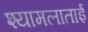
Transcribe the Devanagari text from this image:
श्यामलाताई